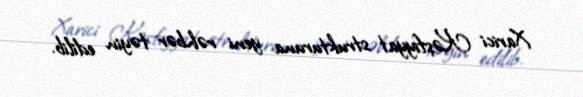
Xarici Kəşfiyyat strukturuna yeni rəhbər təyin edilib.